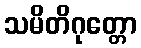
သမိတိဂုတ္တော